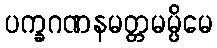
ပက္ခဂဏနမတ္တမမ္ပိမေ